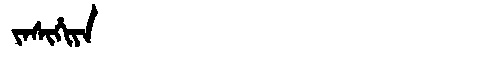
Manchu: ᠵᠠᠰᡳᡥᡳᠶᠠ
Romanization: JASIHIYA